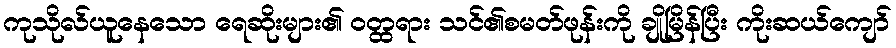
ကုသိုလ်ယူနေသော ရေဆိုးများ၏ ဝတ္ထရား သင်၏စမတ်ဖုန်းကို ချိုမြိန်ပြီး ကိုးဆယ်ကျော်